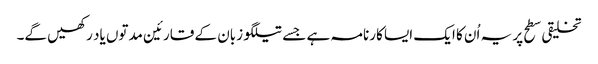
تخلیقی سطح پر یہ اُن کا ایک ایسا کارنامہ ہے جسے تیلگو زبان کے قارئین مدتوں یاد رکھیں گے۔